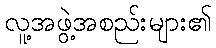
လူ့အဖွဲ့အစည်းများ၏